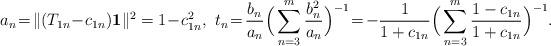
LaTeX: \begin{align*}a_n\!=\!\Vert (T_{1n}\!-\!c_{1n}){\bf 1}\Vert^2=1\!-\!c_{1n}^2, \,\,t_n\!=\!\frac{b_n}{a_n}\Big(\sum_{n=3}^m\frac{b_n^2}{a_n}\Big)^{-1}\!=\!-\frac{1}{1+c_{1n}}\Big(\sum_{n=3}^m\frac{1-c_{1n}}{1+c_{1n}}\Big)^{-1}.\end{align*}